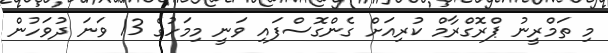
މި ތަމްރީނު ޕްރޮގްރާމް ކުރިއަށް ގެންގޮސްފައި ވަނީ މިމަހުގެ 13 ވަނަ ދުވަހުން